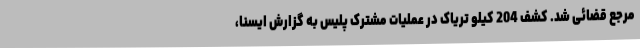
مرجع قضائی شد. کشف 204 کیلو تریاک در عملیات مشترک پلیس به گزارش ایسنا،